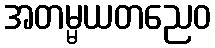
အတမ္မယတညေဝ